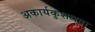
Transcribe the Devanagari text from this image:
अकार्यकुशलता